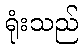
ရုံးသည်